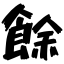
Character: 餘